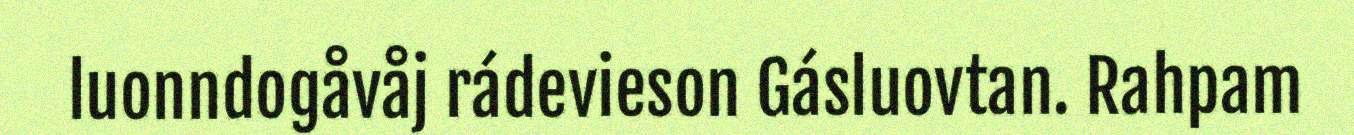
luonndogåvåj rádevieson Gásluovtan. Rahpam